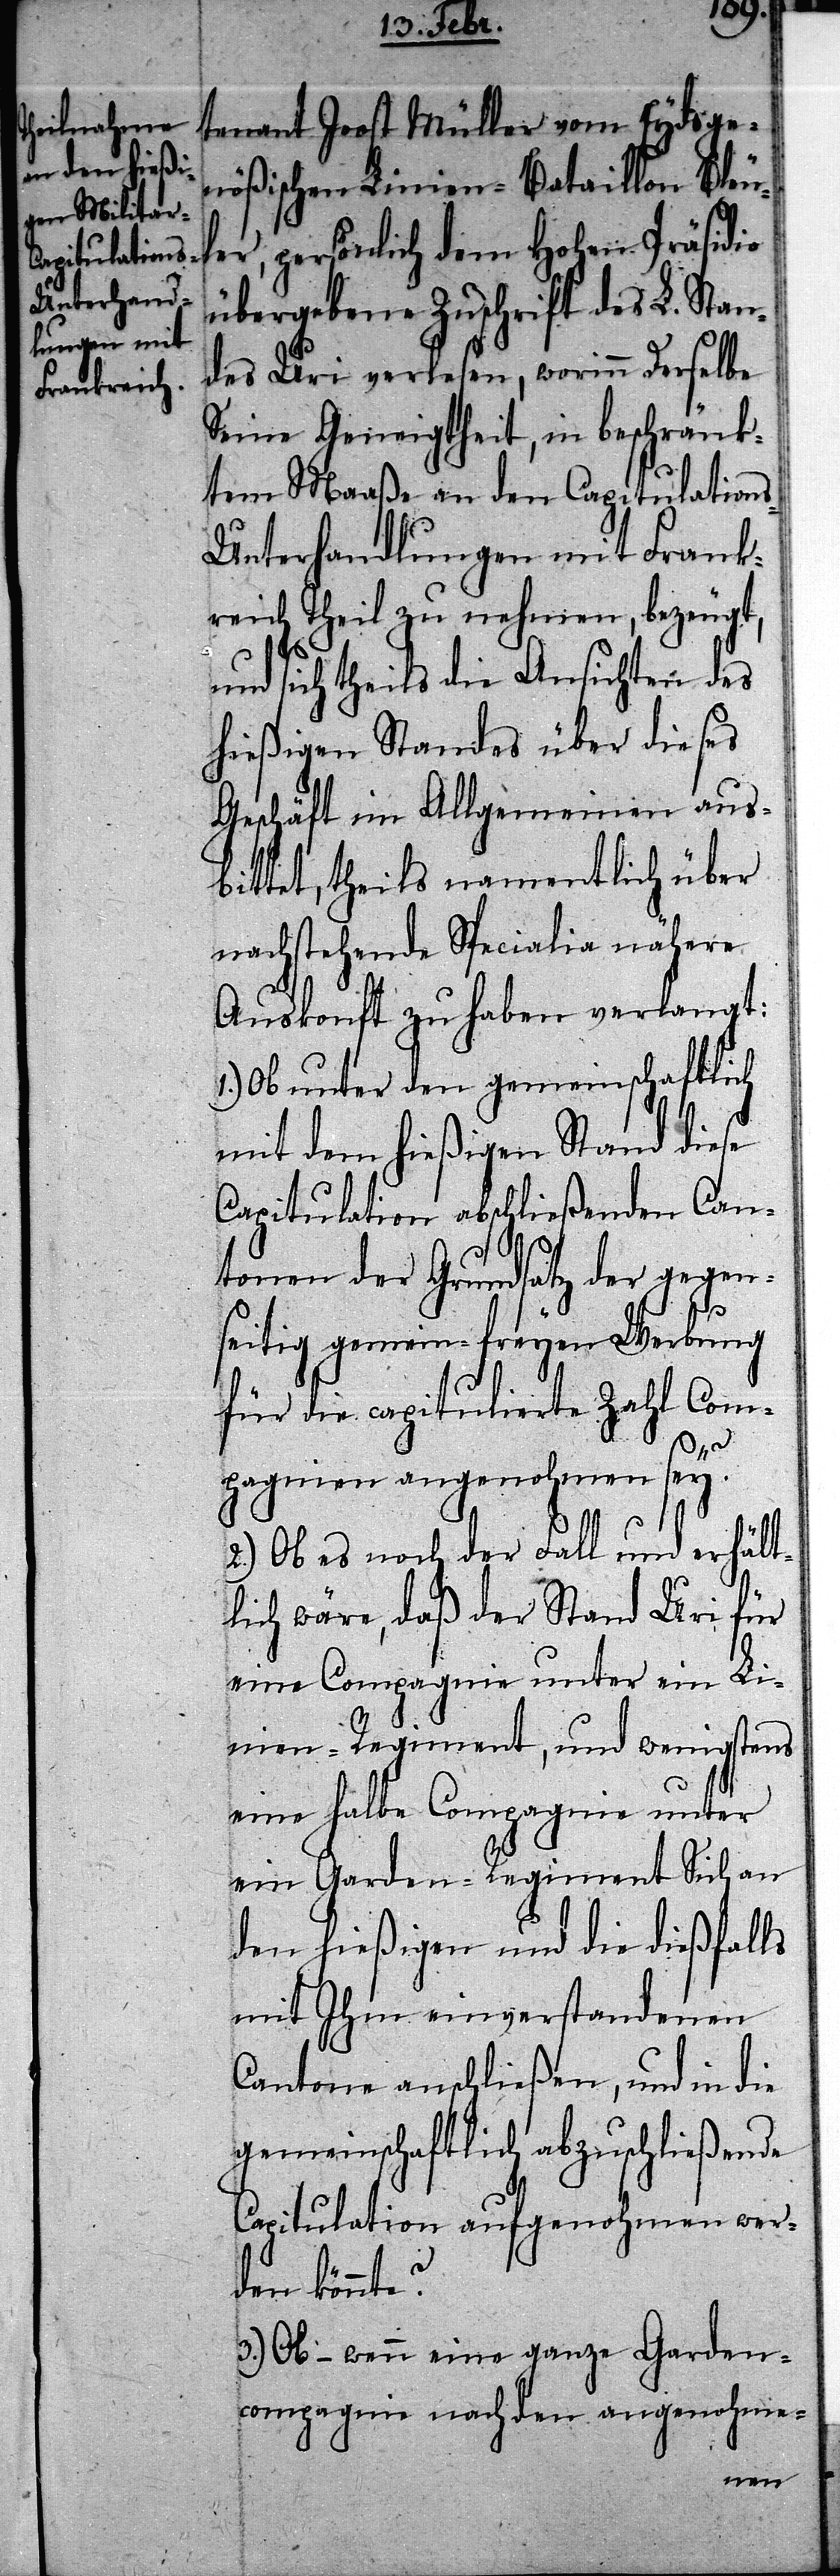
tenant Joost Müller vom Eydsge¬
nößischen Linien-Bataillon Bleul¬
er, persönlich dem Hohen Präsidio
übergebene Zuschrift des L. Stan¬
des Uri verlesen, worinn Derselbe
Seine Geneigtheit, in beschränk¬
tem Maaße an den Capitulation¬
s-Unterhandlungen mit Frank¬
reich Theil zu nehmen, bezeugt,
und sich theils die Ansichten des
hießigen Standes über dieses
Geschäft im Allgemeinen aus¬
bittet, theils namentlich über
nachstehende Specialia nähere
Auskonft zu haben verlangt:
1.) Ob unter den gemeinschaftlich
mit dem hießigen Stand diese
Capitulation abschließenden Can¬
tonen der Grundsatz der gegen¬
seitig gemein-freyen Werbung
für die capitulierte Zahl Com¬
Sich
pagnien angenohmen sey?
2.) Ob es noch der Fall und erhält¬
lich wäre, daß der Stand Uri für
eine Compagnie unter ein Li¬
den hießigen und die dießfalls
mit Ihm einverstandenen
Cantone anschließen, und in die
gemeinschaftlich abzuschließende
Capitulation aufgenohmen wer¬
den könnte?
3.) Ob – wenn eine ganze Garden¬
compagnie nach den angenohme-